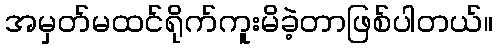
အမှတ်မထင်ရိုက်ကူးမိခဲ့တာဖြစ်ပါတယ်။